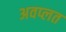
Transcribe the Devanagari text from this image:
अवप्लत